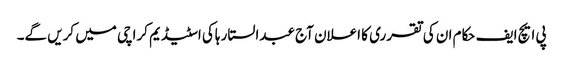
پی ایچ ایف حکام ان کی تقرری کا اعلان آج عبدالستار ہاکی اسٹیڈیم کراچی میں کریں گے۔